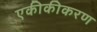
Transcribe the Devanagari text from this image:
एकीकीकरण